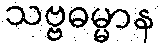
သဗ္ဗဓမ္မာန